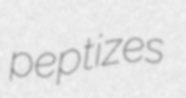
peptizes